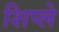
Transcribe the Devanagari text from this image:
शिप्ले